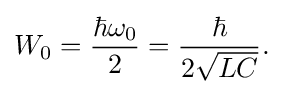
W_{0}={\frac {\hbar \omega _{0}}{2}}={\frac {\hbar }{2{\sqrt {LC}}}}.\